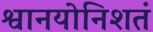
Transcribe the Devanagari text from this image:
श्वानयोनिशतं